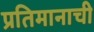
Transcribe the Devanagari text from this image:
प्रतिमानाची